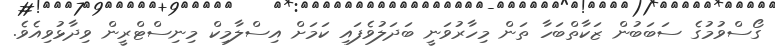
ގޯސްވުމުގެ ސަބަބުން ޒަކާތްބަހާ ތަން މިހާރުވަނީ ބަދަލުވެފައި ކަމަށް އިސްލާމިކް މިނިސްޓްރީން ވިދާޅުވިއެވެ.